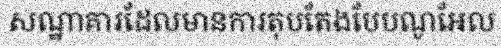
សណ្ឋាគារដែលមានការតុបតែងបែបណូអែល